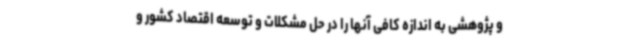
و پژوهشی به اندازه کافی آنها را در حل مشکلات و توسعه اقتصاد کشور و